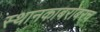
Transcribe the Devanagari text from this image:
स्थानकाबरोबरच